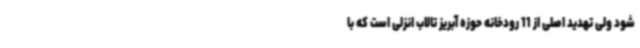
شود ولی تهدید اصلی از 11 رودخانه حوزه آبریز تالاب انزلی است که با